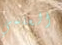
العلمي